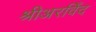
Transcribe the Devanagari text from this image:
श्रीअरविँद